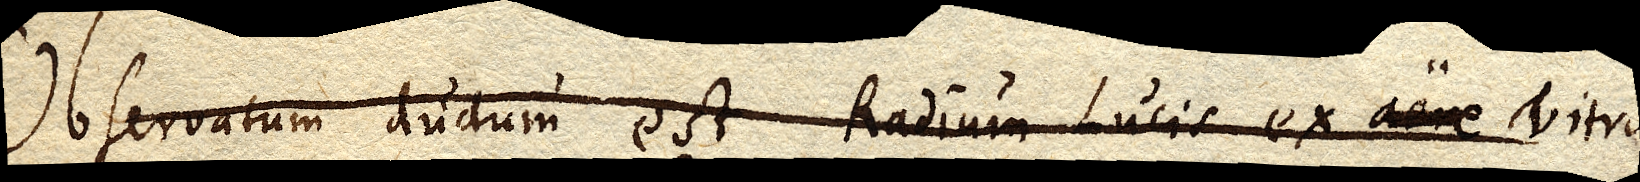
Observatum dudum est Radium Lucis ex aere vitro